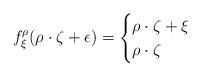
LaTeX: \begin{align*}f^\rho_\xi(\rho\cdot \zeta + \epsilon) =\begin{cases}\rho\cdot\zeta + \xi & \\\rho\cdot\zeta & \end{cases}\end{align*}